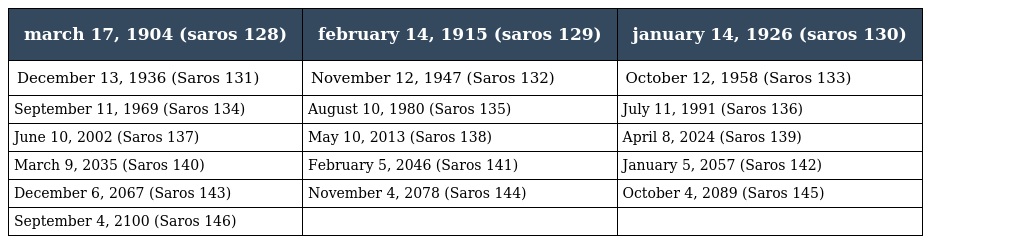
| march 17, 1904 (saros 128) | february 14, 1915 (saros 129) | january 14, 1926 (saros 130) |
 | --- | --- | --- |
 | December 13, 1936 (Saros 131) | November 12, 1947 (Saros 132) | October 12, 1958 (Saros 133) |
 | September 11, 1969 (Saros 134) | August 10, 1980 (Saros 135) | July 11, 1991 (Saros 136) |
 | June 10, 2002 (Saros 137) | May 10, 2013 (Saros 138) | April 8, 2024 (Saros 139) |
 | March 9, 2035 (Saros 140) | February 5, 2046 (Saros 141) | January 5, 2057 (Saros 142) |
 | December 6, 2067 (Saros 143) | November 4, 2078 (Saros 144) | October 4, 2089 (Saros 145) |
 | September 4, 2100 (Saros 146) |  |  |